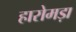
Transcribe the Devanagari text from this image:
हारोमड़ा